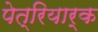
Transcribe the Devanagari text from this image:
पेत्रियार्क